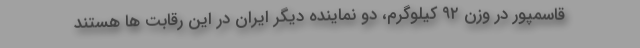
قاسمپور در وزن ۹۲ کیلوگرم، دو نماینده دیگر ایران در این رقابت ها هستند